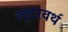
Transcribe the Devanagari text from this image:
लूटरवर्थ